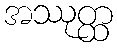
အဿုတ္ထ